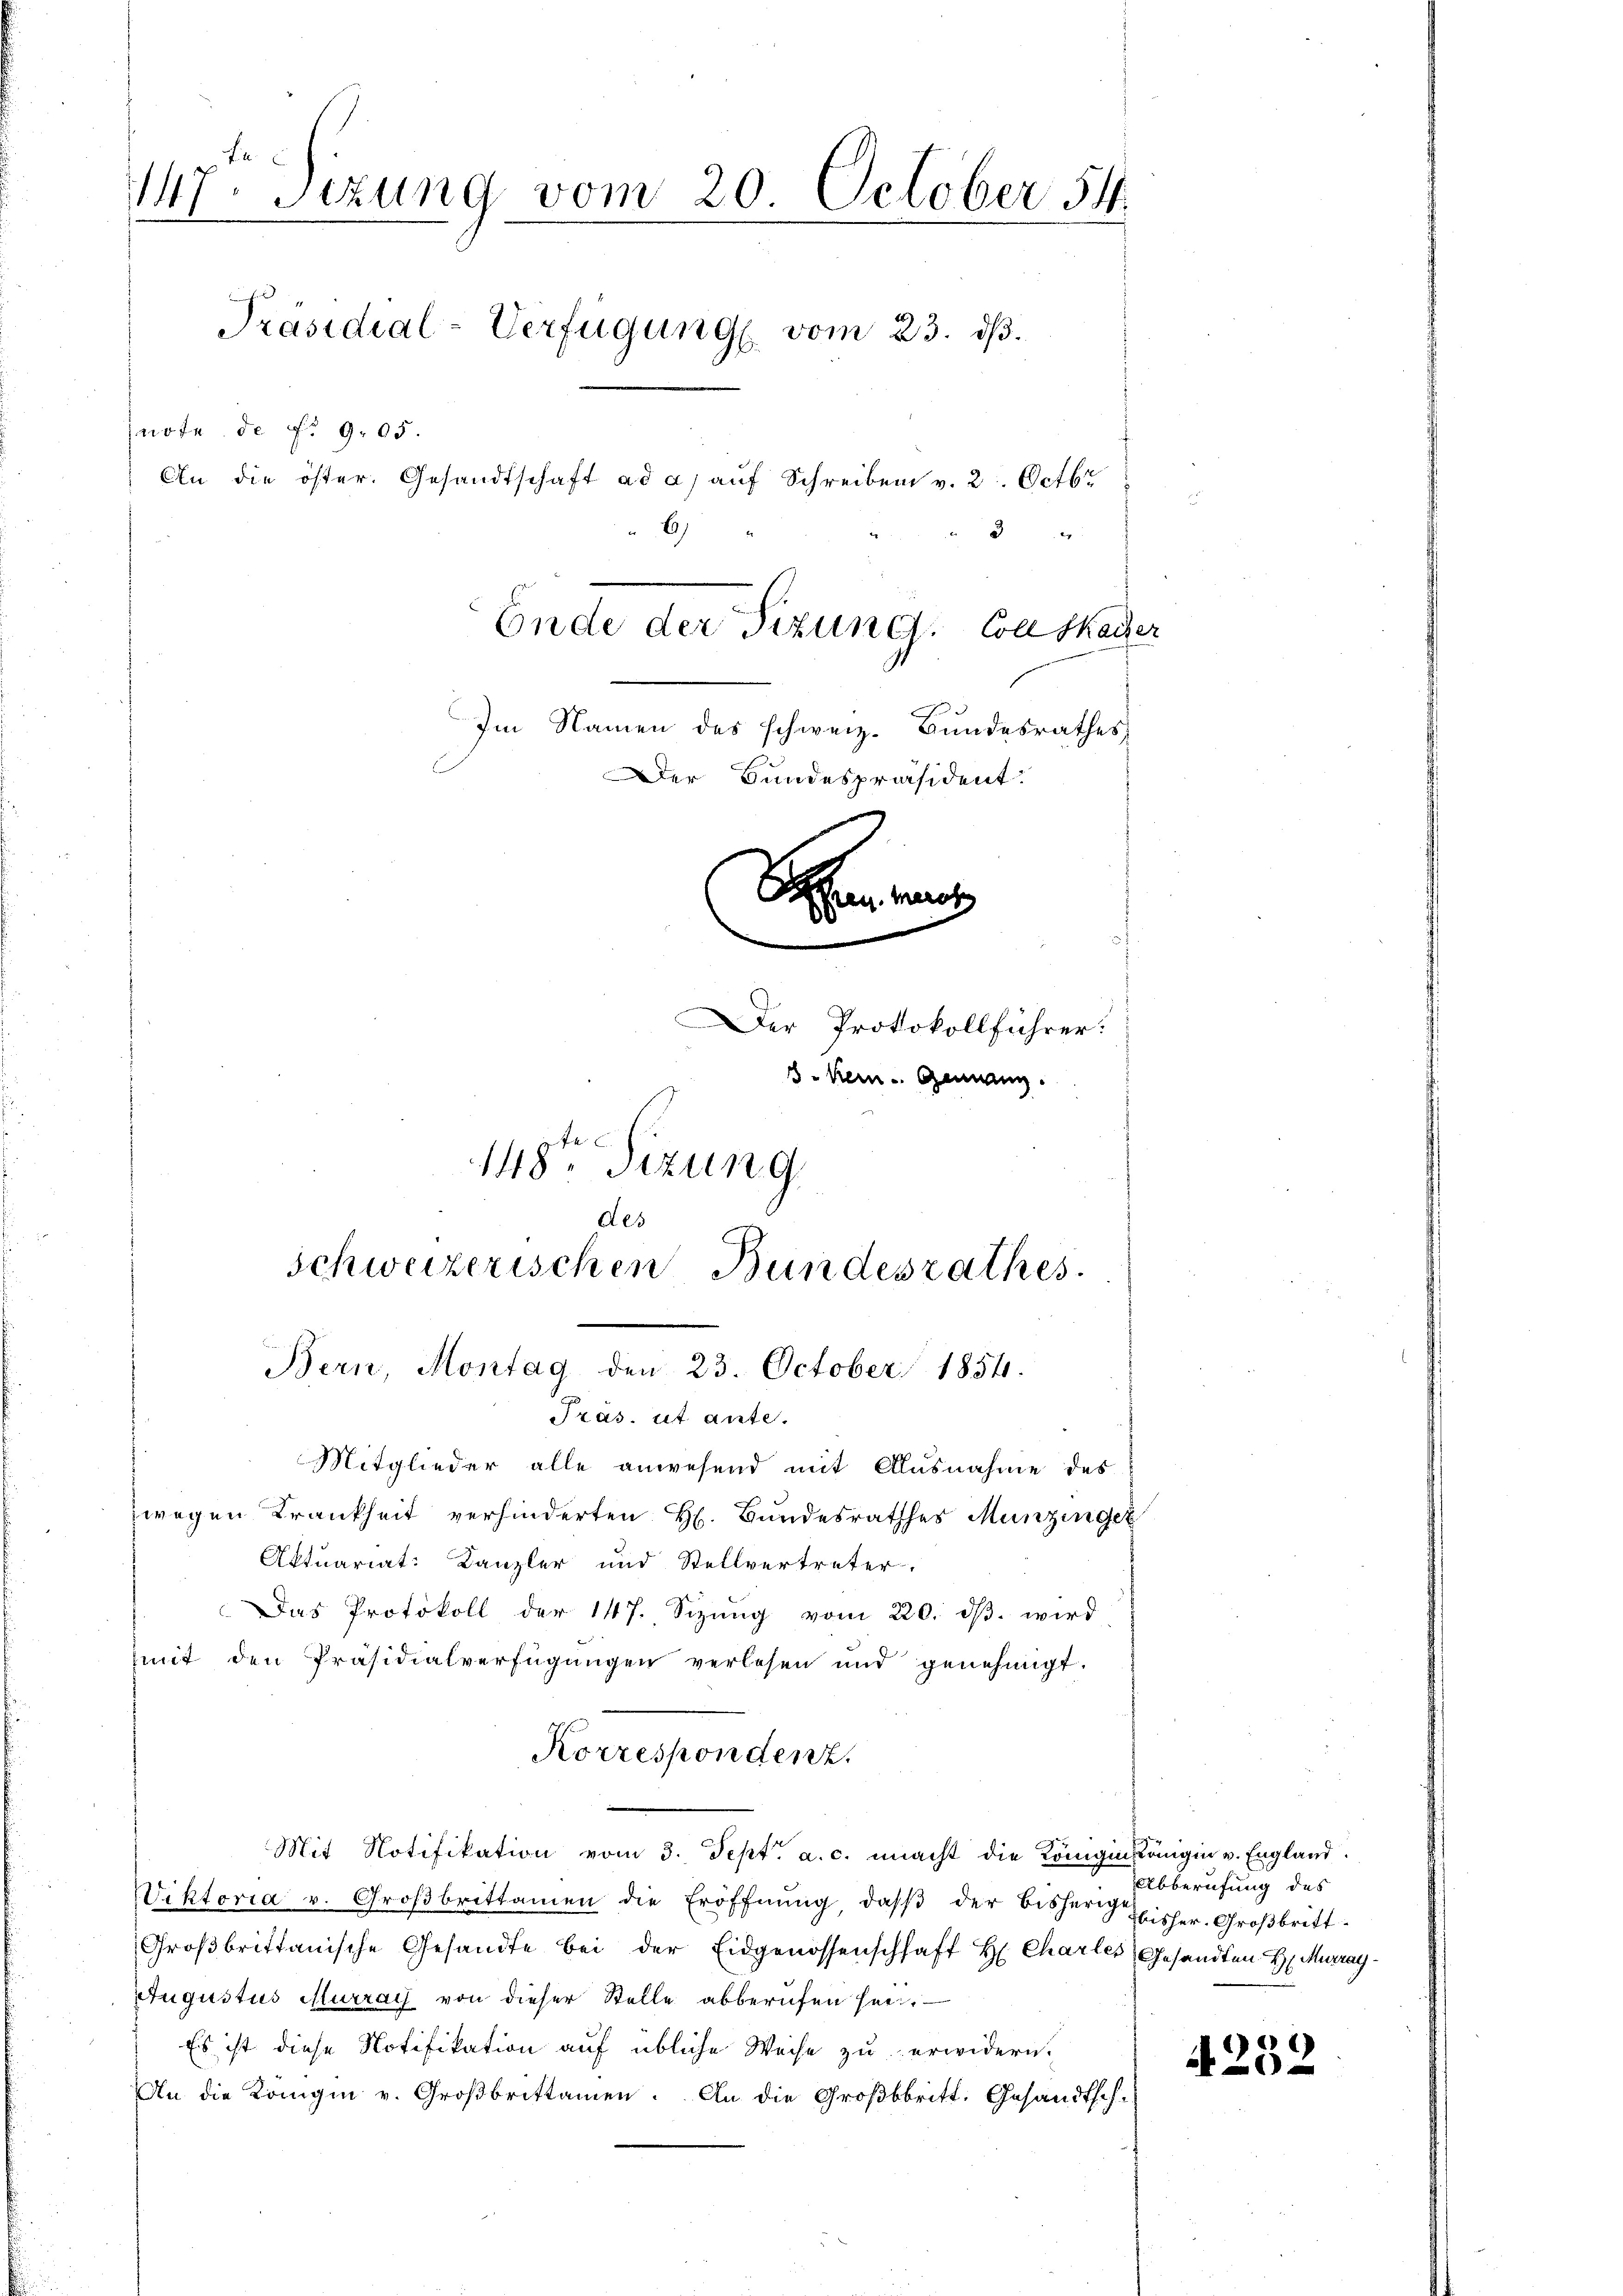
147. Sizung vom 20. October 54
Präsidial-Verfügung vom 23. dβ.
note de No 905.
An die öster. Gesandtschaft ad a. aŭf Schreiben v. 2. Octbr
3
Ende der Tizung. Coll Skader
Im Namen des schweiz. Bundesrathes
Der Bundespräsident.
Sea rat
de
Der Protokollführer:
18 kein Gemann.
148ten Sizung
des
schweizerischen Bundesrathes.

Bern, Montag den 23. October 1854.
Pras. ut ante.

Mitglieder alle anwesend mit Ausnahme des
zwegen Krankheit verhinderten h. Bŭndesrathes Munzingez
Aktuariat: Kanzler und Stellvertreter.
Das Protokoll der 147. Sizŭng vom 220. dβ. wird
mit den Präsidialverfügungen verlesen und genehmigt.
Mit Notifikation vom 3. Sept. a. c. macht die Königinkönigin v. England
Viktoria v. Groβbrittamen die Eröffnŭng, daβ der bisherige
Großbrittanische Gesandte bei der Eidgenossenschhaft H. Charles Gesandten H. Murray¬
Augustus Murray von dieser Stelle abberufen sei.
Es ist diese Notifikation auf übliche Weise zu erwidern.
An die Königin v. Großbrittamen. An die Groβbbritt. Gesandtsch.

Korrespondenz.

Abberufung des
bisher. Großbritt.

A232